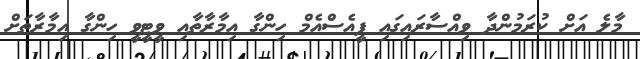
މާލެ އަށް ކުރަމުންދާ ވިއްސާރައިގައި ޕީއެސްއެމް ހިންގާ އިމާރާތާއި ވީޓީވީ ހިންގާ އިމާރާތަށް